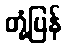
တုံ့ပြန်